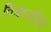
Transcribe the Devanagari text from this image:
किशनसिंह